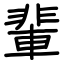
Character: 輩